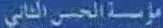
في-الحس-الثاني